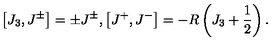
\left[ J _ { 3 } , J ^ { \pm } \right] = \pm J ^ { \pm } , \left[ J ^ { + } , J ^ { - } \right] = - R \left( J _ { 3 } + \frac { 1 } { 2 } \right) .